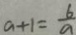
a + 1 = \frac { 6 } { a }